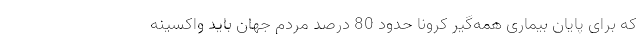
که برای پایان بیماری همه‌گیر کرونا حدود 80 درصد مردم جهان باید واکسینه